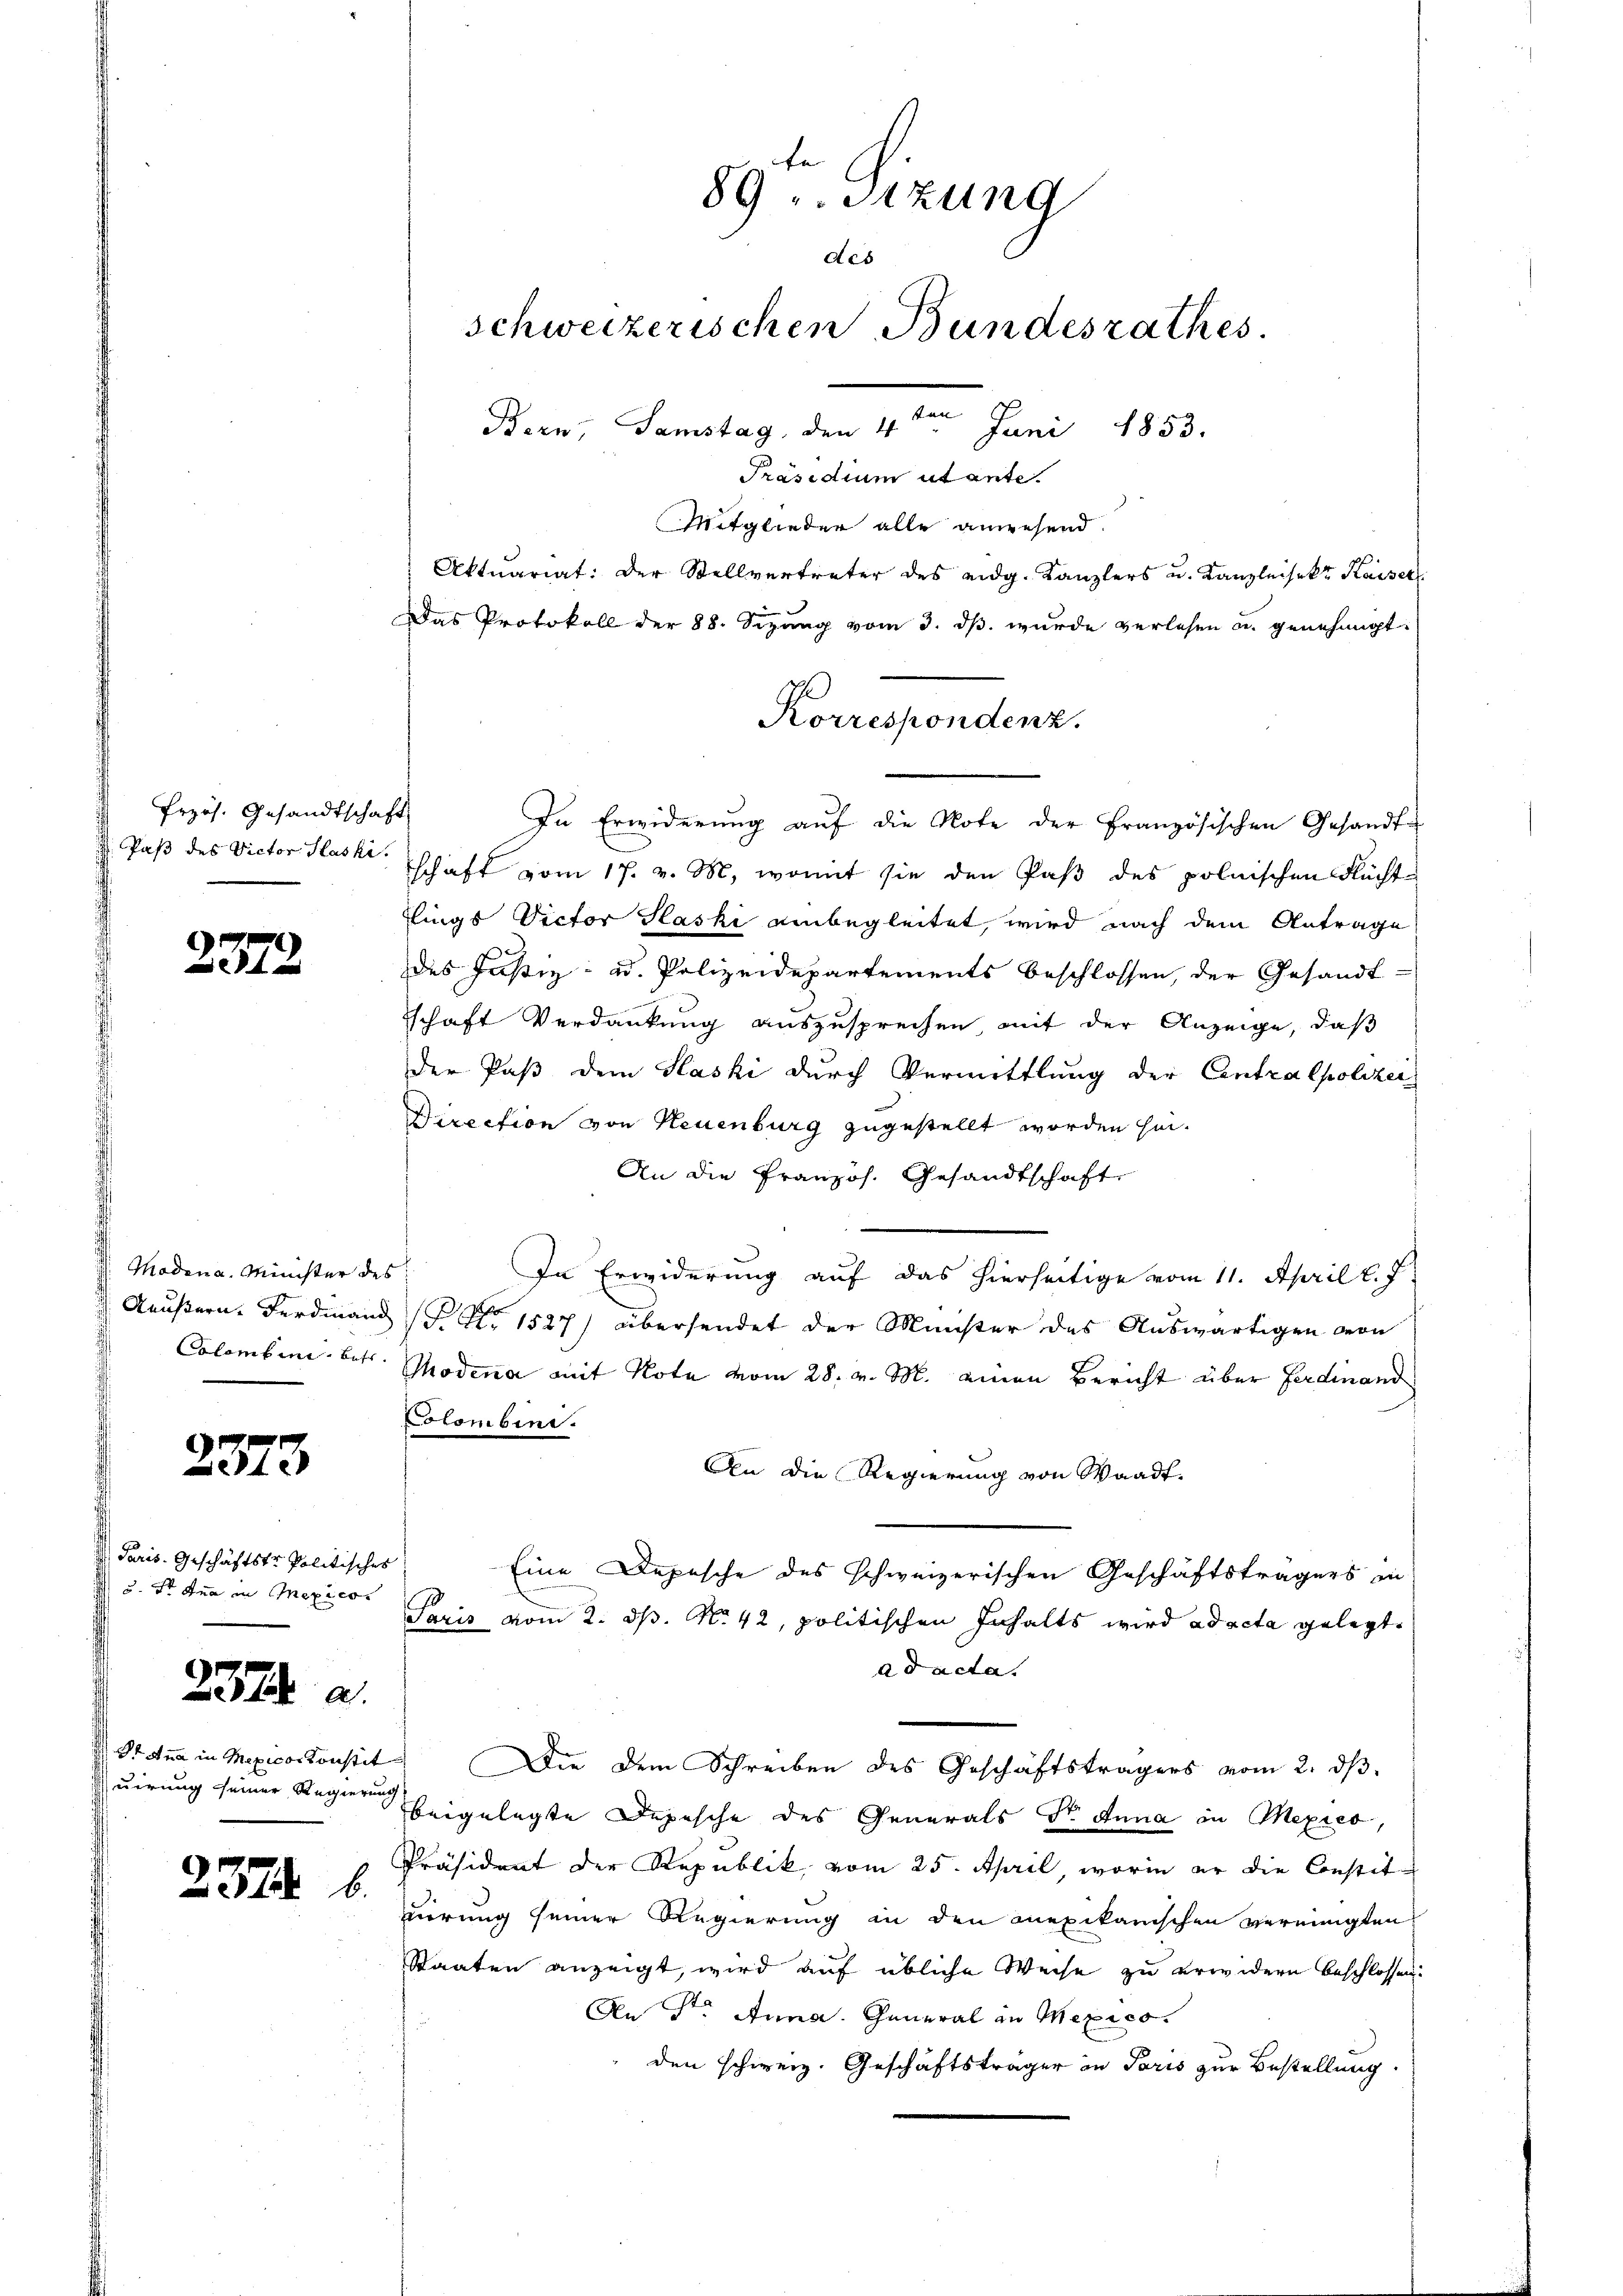
Przös. Gesandtschaft

2372

Modena. Minister des

2373

Paris. Geschäftstr. Politisches
u. Er den in Mexico.
uirung seiner Regierung

237. a.

2375. 6.

Präsidium utante.
Mitglieder alle anwesend.
Aktuariat: Der Stellvertreter des eidg. Kanzlers u. Kanzleisekt Kaiser
Das Protokoll der 88. Sizung vom 3. ds. wurde verlesen u. genehmigt
In Erwiderŭng aŭf die Note der Französischen Gesandt-
Paß des Victor Glaskischaft vom 17. v. M., womit sie den Paß des polnischen Flüchte
lings Victor Plaski einbegleitet, wird nach dem Antrage
des Justiz- u. Polizeidepartements beschlossen, der Gesandt-
schaft Verdankung auszusprechen, mit der Anzeige, daß
der Paß dem Haski durch Vermittlung der Centralpolizei
Direction von Neuenburg zugestellt worden hin¬
An die Französ. Gesandtschaft,
In Erwiderung auf das hierseitige vom 11. April l. J
Aeußern. Ferdinand   1527) übersendet der Minister des Auswärtigen von
Colombini betr. Modena mit Note vom 28. v. M. einen Bericht über Ferdinand
olombini.
An die Regierung von Waadt,
Eine Depesche des schweizerischen Geschäftsträgers in
Paris vom 2. ds. No. 42, politischen Inhalts wird ad acta gelegt.
ad acta.
Stana in Mexicos Konstit. Die dem Schreiben des Geschäftsträgers vom 2. dβ
beigelegte Depesche des Generals Dr. Anna in Mexico,
Präsident der Republik, vom 25. April, worin er die Constit
vierung seiner Regierung in den mexikanischen vereinigten
Staaten anzeigt, wird auf übliche Weise zu erwidern beschlossen.
An St. Anna. General in Mexico.
den schweiz. Geschäftsträger in Paris zur Bestellung.

89 u. Sitzung
Aes
schweizerischen Bundesrathes.
m
Bern, Samstag, den 4. Juni 1853.

Korrespondenz.